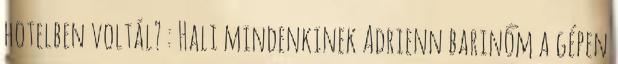
hotelben voltál? : Hali mindenkinek Adrienn barinőm a gépen